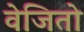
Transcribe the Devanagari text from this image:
वेजितो